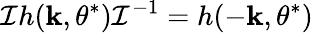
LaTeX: \mathcal{I}h({\mathbf k},\theta^{*})\mathcal{I}^{-1}=h(-{\mathbf k},\theta^{*})